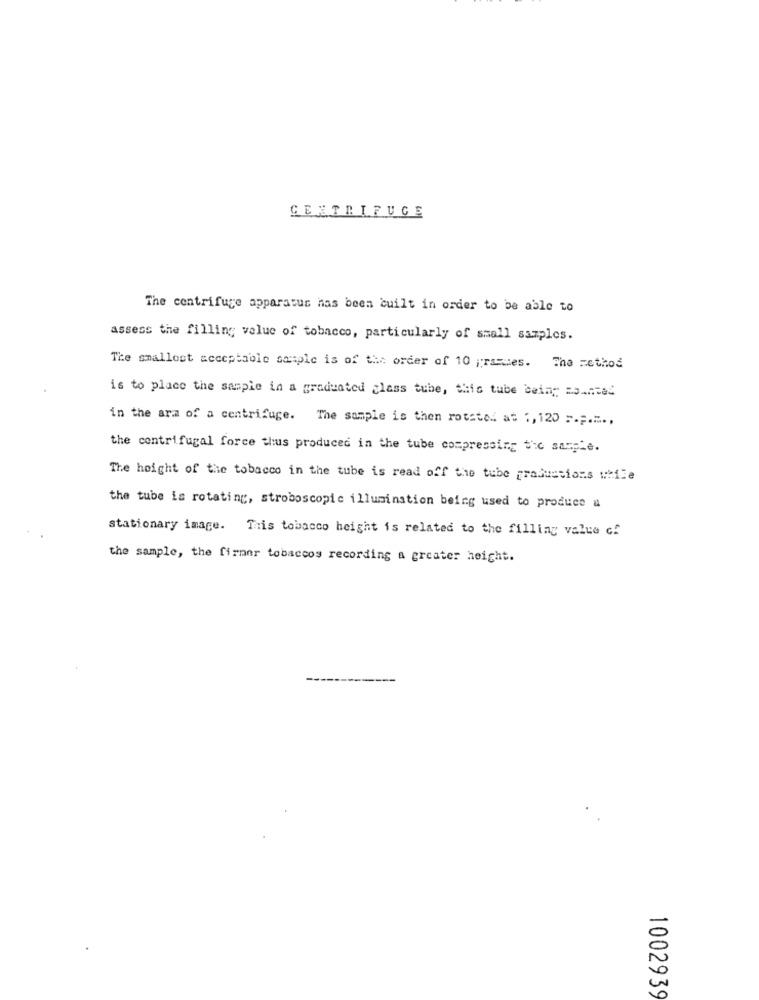
CENTRIFUGE
The centrifuge apparatus has been built in order to be able to
assess the filling value of tobacco, particularly of small samples.
The smallost acceptable sample is of the order of 10 ;ra=des. The method
is to place the sample in a graduated glass tube, this tube being saintad
in the arm of a centrifuge. The sample is then rotstel at :, 120 ;.;....
the centrifugal force thus produced in the tube compressing tic saspie.
The height of the tobacco in the tube is read off the tube graduations while
the tube is rotating, stroboscopic illumination being used to produce a
stationary image. This tobacco height is related to the filling value of
the sample, the firmar tobaccos recording a greater height.
1002939